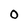
Character: 0